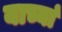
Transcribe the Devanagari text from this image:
याच्यां